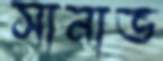
সানাভ